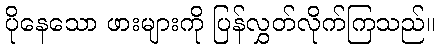
ပိုနေသော ဖားများကို ပြန်လွှတ်လိုက်ကြသည်။